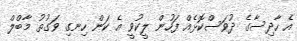
އެ ހާދިސާގެ ދުވަސްކޮޅެއް ފަހުން ލީކުވީ އެ ކަން ހިނގި ވަގުތު މާބްލް